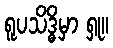
ရူပသိဒ္ဓိမှာ ရှု။